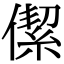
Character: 𠎧